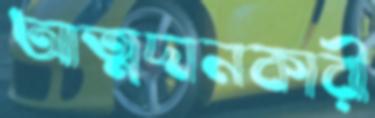
আত্মদানকারী